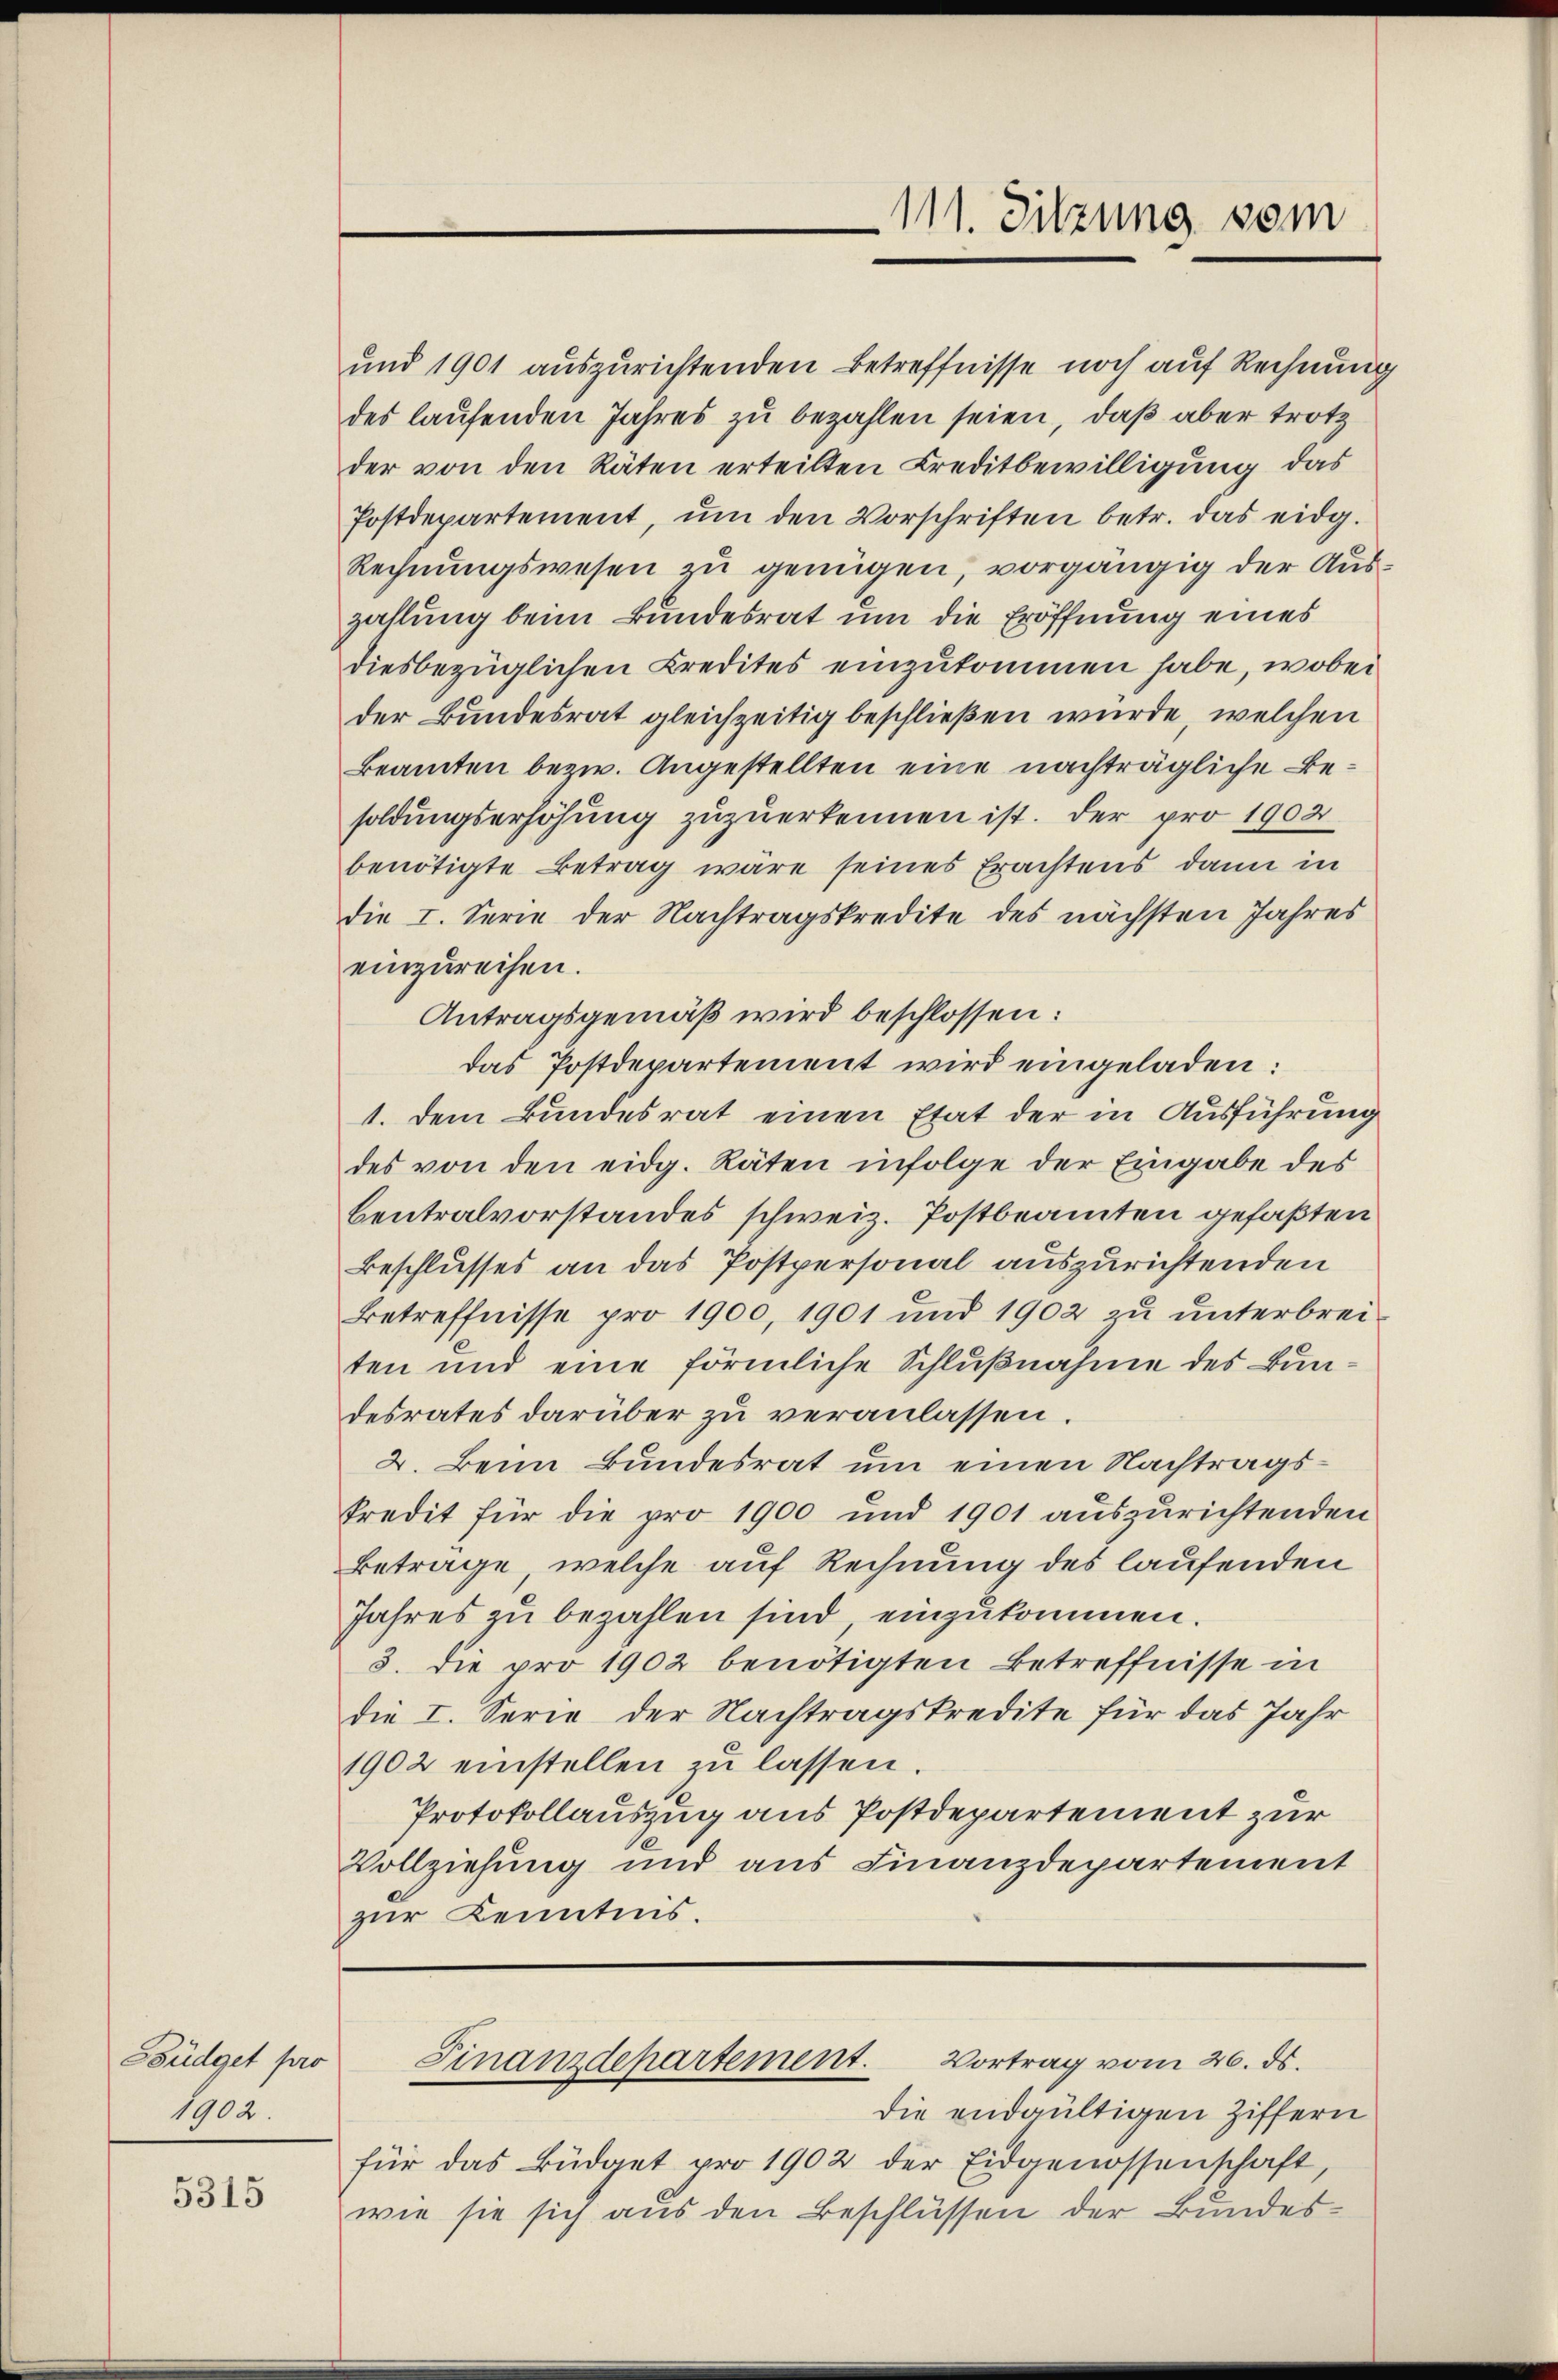
Büdget pro
1902.

5315

einzureihen.
Antragsgemäß wird beschlossen:
das Postdepartement wird eingeladen:
1. Dem Bundesrat einen Etat der in Ausführung
des von den eidg. Räten infolge der Eingabe des
bentralvorstandes schweiz. Postbeamten gefaßten
Beschlusses an das Postpersonal auszurichtenden
Betreffnisse pro 1900, 1901 und 1902 zu unterbreiten und eine förmliche Schlŭβnahme des Bundesrates darüber zu veranlassen.
2. Beim Bundesrat um einen Nachtrags¬
Predit für die pro 1900 und 1901 auszurichtenden
Betrage, welche auf Rechnung des laufenden
Jahres zu bezahlen sind einzukommen.
5. die pro 1902 benötigten Betreffnisse in
die I. Serie der Nachtragskredite für das Jahr
1902 einstellen zu lassen.
Protokollauszug aus Postdepartement zur
Vollziehung und aus Finanzdepartement
zur Kenntnis.

111. Sitzung vom

und 1901 auszurichtenden Betreffnisse noch auf Rechnung
des laufenden Jahres zu bezahlen seien, daß aber trotz
der von den Räten erteilten Creditbewilligung das
Postdepartement, ŭm den Vorschriften betr. das eidg.
Rechnungswesen zu genügen, vorgängig der Auszahlung beim Bundesrat um die Eröffnung eines
diesbezüglichen Credites einzukommen habe, wobei
der Bundesrat gleichzeitig beschließen wurde, welchen
Beamten bezw. Angestellten eine nachträgliche Besoldungserhöhung zuzuerkennen ist. Der pro 1902
benötigte Betrag wäre seines Erachtens dann in
die I. Serie der Nachtragskredite des nächsten Jahres

Finanzdepartement. Vortrag vom 26. ds.

die endgültigen Ziffern
für das Büdget pro 1902 der Eidgenossenschaft,
wie sie sich aus den Beschlüssen der Bundes¬